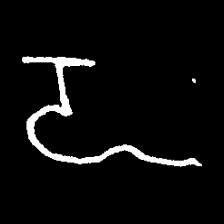
Pyu character \u2014 Myanmar letter: ဍ (romanized: dda)